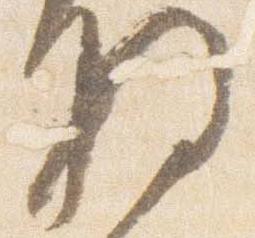
将